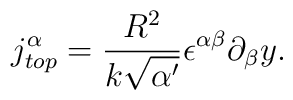
j_{top}^\alpha = \frac{R^2}{k \sqrt{\alpha^\prime}} \epsilon^{\alpha \beta} \partial_\beta y .